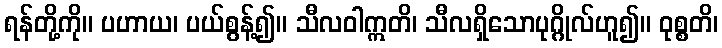
ရန်တို့ကို။ ပဟာယ၊ ပယ်စွန့်၍။ သီလဝါဣတိ၊ သီလရှိသောပုဂ္ဂိုလ်ဟူ၍။ ဝုစ္စတိ၊